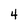
Character: 4